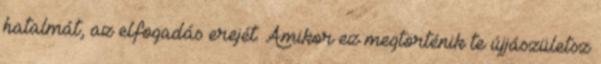
hatalmát, az elfogadás erejét. Amikor ez megtörténik te újjászületsz